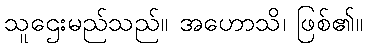
သူဌေးမည်သည်။ အဟောသိ၊ ဖြစ်၏။